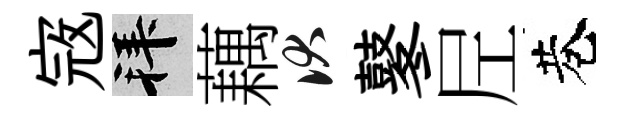
𡨥拜藕伏鼕𡰱巷